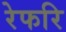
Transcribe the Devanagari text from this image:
रेफरि